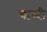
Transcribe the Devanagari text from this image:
ऋध्दी